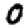
Digit: 0